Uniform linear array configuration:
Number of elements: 4
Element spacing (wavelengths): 0.75
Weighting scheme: exponential
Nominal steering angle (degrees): -45
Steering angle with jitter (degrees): -46.407
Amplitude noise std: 0.05
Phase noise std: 0.05

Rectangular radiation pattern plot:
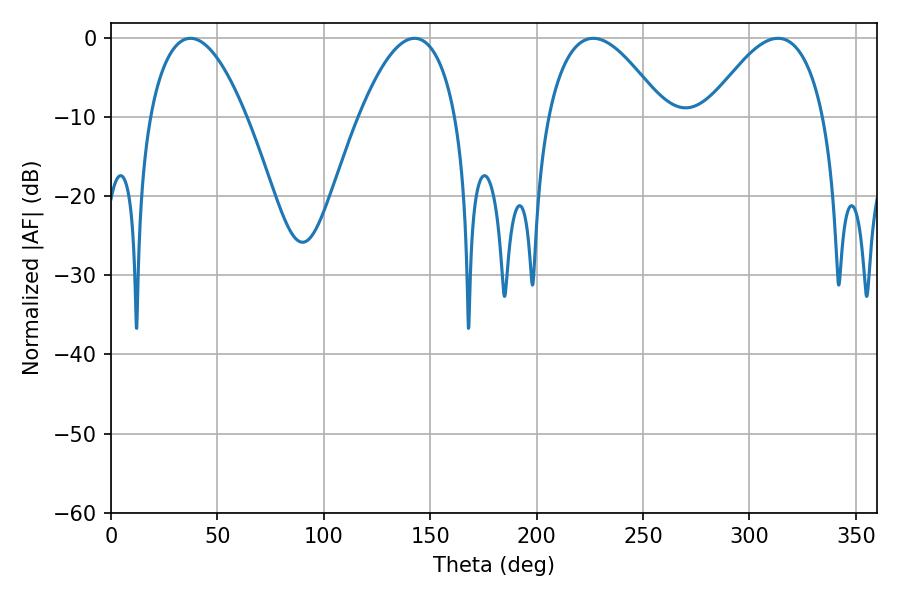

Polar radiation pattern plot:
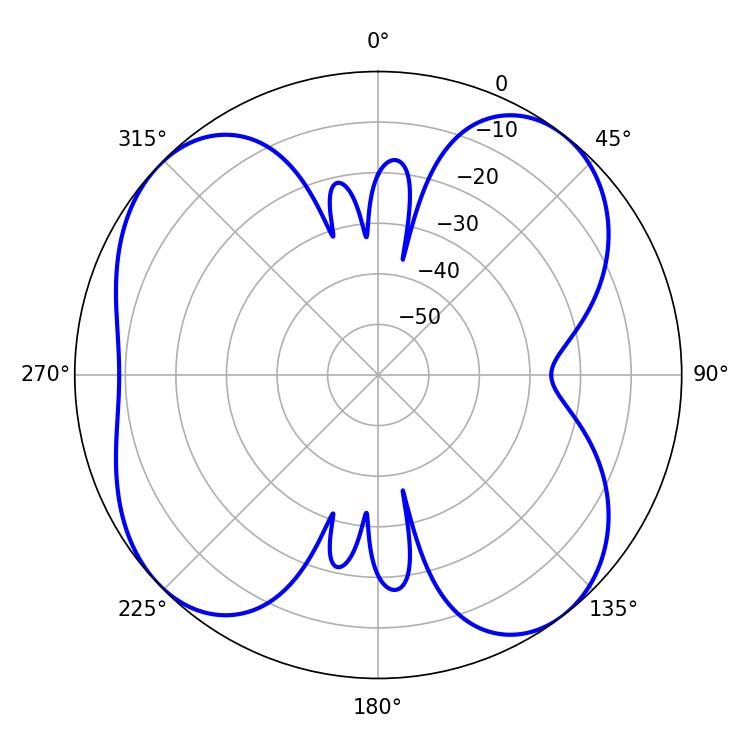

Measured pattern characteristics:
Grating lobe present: TRUE
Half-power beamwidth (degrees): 29.88
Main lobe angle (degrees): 226.62